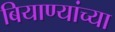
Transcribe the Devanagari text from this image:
बियाण्यांच्या